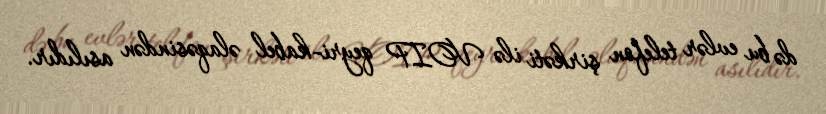
də bu evlər telefon şirkəti ilə VOIP qeyri-kabel əlaqəsindən asılıdır.